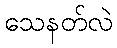
သေနတ်လဲ